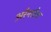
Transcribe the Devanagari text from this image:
अरैनसैस